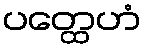
ပတ္ထေဟံ